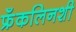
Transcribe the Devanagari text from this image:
फ्रँकलिनशी